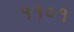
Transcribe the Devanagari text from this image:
५१०१